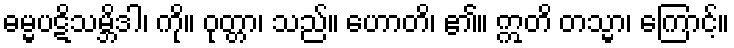
ဓမ္မပဋိသမ္ဘိဒါ၊ ကို။ ဝုတ္တာ၊ သည်။ ဟောတိ၊ ၏။ ဣတိ တသ္မာ၊ ကြောင့်။